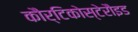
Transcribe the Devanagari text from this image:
कौर्टिकोस्टेरौइड